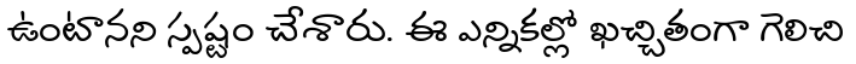
ఉంటానని స్పష్టం చేశారు. ఈ ఎన్నికల్లో ఖచ్చితంగా గెలిచి